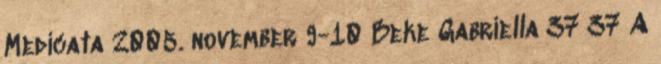
Medicata 2005. november 9-10 Beke Gabriella 37 37 A